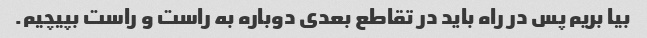
بیا بریم پس در راه باید در تقاطع بعدی دوباره به راست و راست بپیچیم.